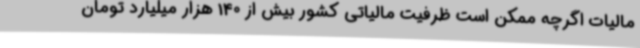
مالیات اگرچه ممکن است ظرفیت مالیاتی کشور بیش از 140 هزار میلیارد تومان